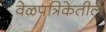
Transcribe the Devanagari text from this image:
वेळपत्रिकेतील